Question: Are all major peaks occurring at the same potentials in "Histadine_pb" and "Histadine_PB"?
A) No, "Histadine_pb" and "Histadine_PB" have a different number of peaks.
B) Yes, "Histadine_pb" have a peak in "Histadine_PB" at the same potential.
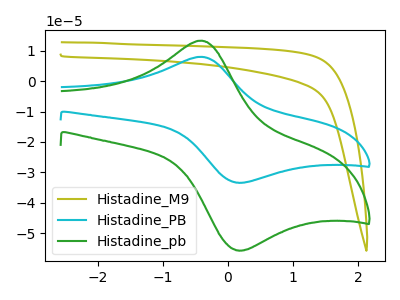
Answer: <think>The olive curve "Histadine_M9" has no peaks. The cyan curve "Histadine_PB" has an anodic peak at (-0.40V, 8.00uA) and a cathodic peak at (0.15V, -33.40uA). The green curve "Histadine_pb" has an anodic peak at (-0.40V, 13.30uA) and a cathodic peak at (0.15V, -55.70uA).</think>
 <answer>B) Yes, "Histadine_pb" have a peak in "Histadine_PB" at the same potential.</answer>
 <eval>B</eval>